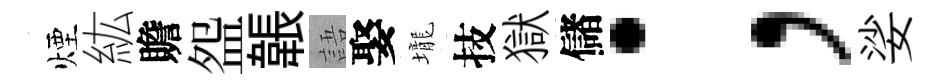
煙紘贍盌韔語娶壠技獄儲；娑